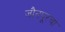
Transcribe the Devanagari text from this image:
जौनपूरचा